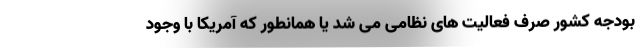
بودجه کشور صرف فعالیت های نظامی می شد یا همانطور که آمریکا با وجود